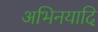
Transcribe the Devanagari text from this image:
अभिनयादि